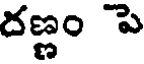
దణ్ణం పె